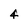
Character: 4